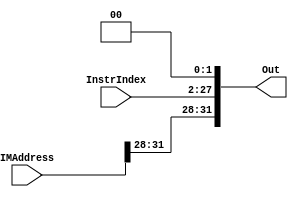
`timescale 1ns / 1ps
//////////////////////////////////////////////////////////////////////////////////
// Company: 
// Engineer: 
// 
// Design Name: 
// Module Name:    jalAddr 
// Project Name: 
// Target Devices: 
// Tool versions: 
// Description: 
//
// Dependencies: 
//
// Revision: 
// Revision 0.01 - File Created
// Additional Comments: 
//
//////////////////////////////////////////////////////////////////////////////////
module jalAddr(
    input [31:0] IMAddress,
    input [25:0] InstrIndex,
    output [31:0] Out
    );
	assign Out = {IMAddress[31:28], InstrIndex[25:0], 2'b00};

endmodule